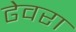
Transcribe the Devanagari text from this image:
ढेवरा